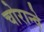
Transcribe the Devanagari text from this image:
चोरान्वे